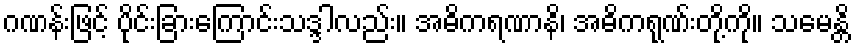
ဂဏန်းဖြင့် ပိုင်းခြားကြောင်းသဒ္ဒါလည်း။ အဓိကရဏာနိ၊ အဓိကရုဏ်းတို့ကို။ သမေန္တိ